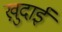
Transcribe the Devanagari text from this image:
खु़दाई